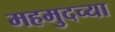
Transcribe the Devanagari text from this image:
महमुदच्या